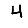
Digit: 4